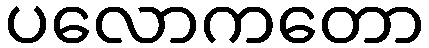
ပလောကတော